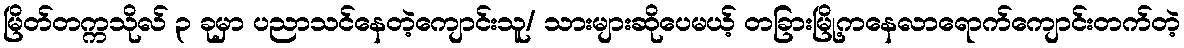
မြိတ်တက္ကသိုလ် ၃ ခုမှာ ပညာသင်နေတဲ့ကျောင်းသူ/ သားများဆိုပေမယ့် တခြားမြို့ကနေလာရောက်ကျောင်းတက်တဲ့